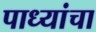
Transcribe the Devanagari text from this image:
पाध्यांचा